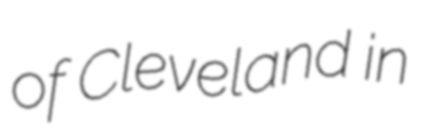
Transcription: of Cleveland in